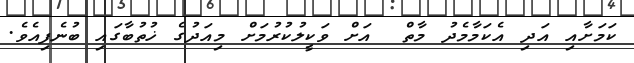
ކަމަށާއި އަދި އެކަމާމެދު މާތް  އަށް ވަކީލުކުރުމަށް މިއަދުގެ ޚުތުބާގައި ބުނެފިއެވެ.